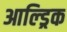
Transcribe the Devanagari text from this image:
आल्ड्रिक